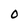
Character: O